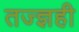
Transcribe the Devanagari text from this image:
तज्ज्ञही